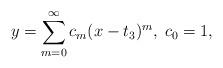
LaTeX: \begin{align*}y=\sum_{m=0}^{\infty}c_{m}(x-t_{3})^{m},\;c_{0}=1,\end{align*}